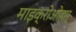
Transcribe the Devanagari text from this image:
माइक्रोओहम्‌